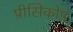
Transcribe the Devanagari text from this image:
प्रीसिंकोप